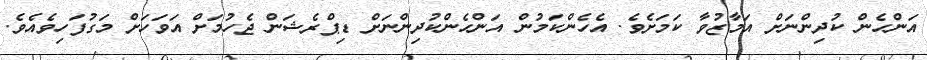
އަންހެން ކުދިންނަށް އަމާޒުވާ ކަމަށެވެ. އެހެންކަމުން އަންހެންކުދިންނަށް ޑިޕްރެޝަން ޖެހުމަށް އަވަހަށް މަގުފަހިވެއެވެ.